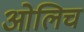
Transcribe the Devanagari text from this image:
ओलिच